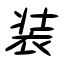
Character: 装